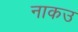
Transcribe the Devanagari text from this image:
नाकउ